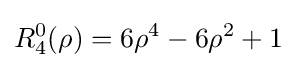
R_{4}^{0}(\rho )=6\rho ^{4}-6\rho ^{2}+1